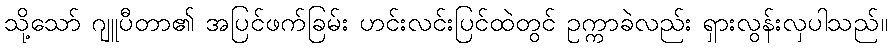
သို့သော် ဂျူပီတာ၏ အပြင်ဖက်ခြမ်း ဟင်းလင်းပြင်ထဲတွင် ဥက္ကာခဲလည်း ရှားလွန်းလှပါသည်။